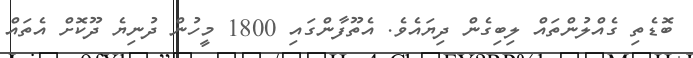
ބޮޑެތި ގެއްލުންތައް ލިބިގެން ދިޔައެވެ. އެތޫފާންގައި 1800 މީހުން ދުނިޔެ ދޫކޮށް އެތައް